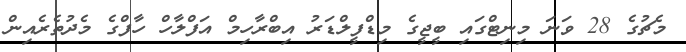
މެޗުގެ 28 ވަނަ މިނިޓްގައި ބީޖީގެ މިޑްފީލްޑަރު އިބްރާހިމް އަފްލާހް ހާފްގެ މެދުތެރެއިން